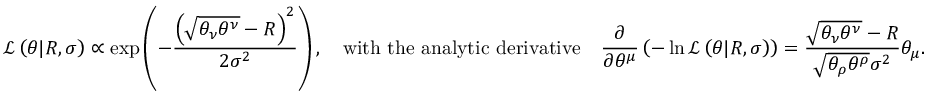
\mathcal { L } \left( \theta | R , \sigma \right) \propto \exp \left( - \frac { \left( \sqrt { \theta _ { \nu } \theta ^ { \nu } } - R \right) ^ { 2 } } { 2 \sigma ^ { 2 } } \right) , \quad \mathrm { w i t h ~ t h e ~ a n a l y t i c ~ d e r i v a t i v e } \quad \frac { \partial } { \partial \theta ^ { \mu } } \left( - \ln \mathcal { L } \left( \theta | R , \sigma \right) \right) = \frac { \sqrt { \theta _ { \nu } \theta ^ { \nu } } - R } { \sqrt { \theta _ { \rho } \theta ^ { \rho } } \sigma ^ { 2 } } \theta _ { \mu } .